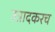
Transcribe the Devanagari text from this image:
उत्रादकरच